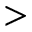
>